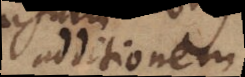
additionem